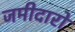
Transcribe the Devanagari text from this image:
जमीदारो